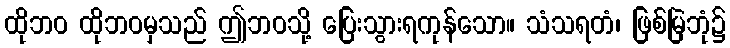
ထိုဘဝ ထိုဘဝမှသည် ဤဘဝသို့ ပြေးသွားရကုန်သော။ သံသရတံ၊ ဖြစ်မြဲဘုံ၌